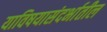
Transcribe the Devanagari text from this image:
याविषयासंदर्भातील